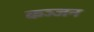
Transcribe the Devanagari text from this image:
कञ्जन